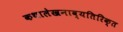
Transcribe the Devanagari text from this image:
कथालेखनाव्यतिरिक्त